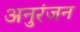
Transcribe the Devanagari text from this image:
अनुरंजन